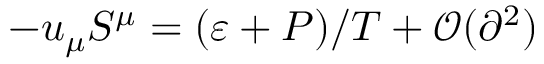
- u _ { \mu } S ^ { \mu } = ( \varepsilon + P ) / T + \mathcal { O } ( \partial ^ { 2 } )